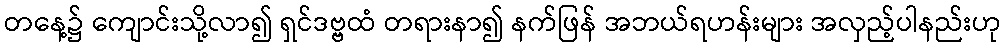
တနေ့၌ ကျောင်းသို့လာ၍ ရှင်ဒဗ္ဗထံ တရားနာ၍ နက်ဖြန် အဘယ်ရဟန်းများ အလှည့်ပါနည်းဟု